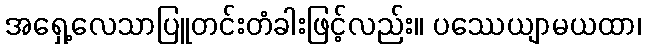
အရှေ့လေသာပြူတင်းတံခါးဖြင့်လည်း။ ပဿေယျာမယထာ၊